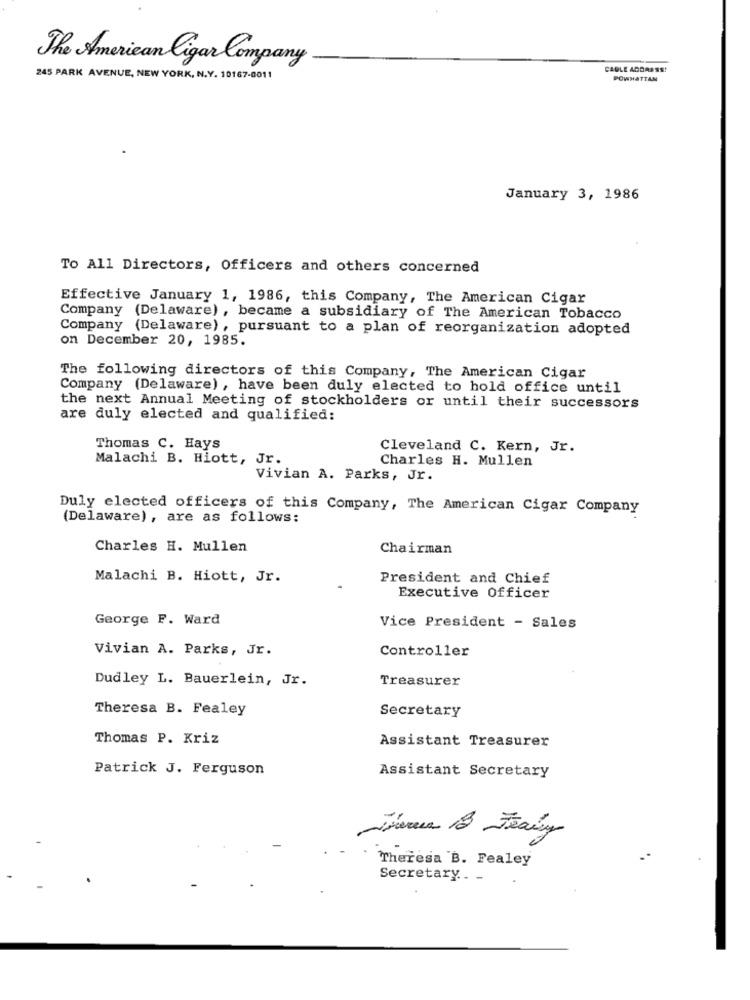
The American ligar Company
CABLE AGDARSS!
245 PARK AVENUE, NEW YORK, N.Y. 10167-0011
POWHATTAN
January 3, 1986
To All Directors, Officers and others concerned
Effective January 1, 1986, this Company, The American Cigar
Company (Delaware) , became a subsidiary of The American Tobacco
Company (Delaware), pursuant to a plan of reorganization adopted
on December 20, 1985.
The following directors of this Company, The American Cigar
Company (Delaware) , have been duly elected to hold office until
the next Annual Meeting of stockholders or until their successors
are duly elected and qualified:
Thomas C. Hays
Cleveland C. Kern, Jr.
Malachi B. Hiott, Jr.
Charles H. Mullen
Vivian A. Parks, Jr.
Duly elected officers of this Company, The American Cigar Company
(Delaware), are as follows:
Charles H. Mullen
Chairman
Malachi B. Hiott, Jr.
President and Chief
Executive Officer
George F. Ward
Vice President - Sales
Vivian A. Parks, Jr.
Controller
Dudley L. Bauerlein, Jr.
Treasurer
Theresa B. Fealey
Secretary
Thomas P. Kriz
Assistant Treasurer
Patrick J. Ferguson
Assistant Secretary
isereen 13 Jeavy
Theresa B. Fealey
Secretary .. -